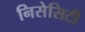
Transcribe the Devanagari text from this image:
निसेसिटी